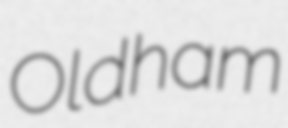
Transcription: Oldham